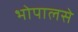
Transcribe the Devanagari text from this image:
भोपालसे